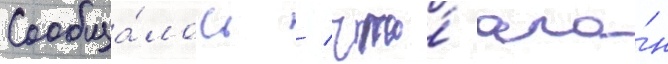
Сообща́лось / что́ ала́н